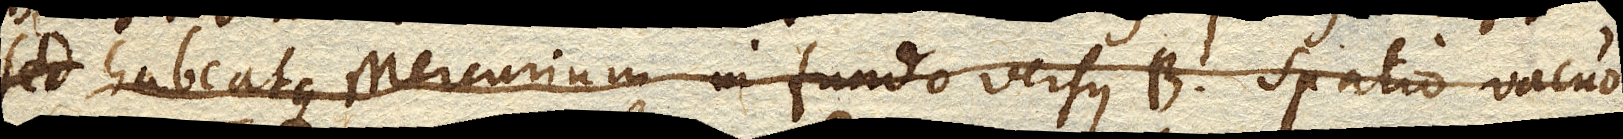
sed habeatque Mercurium in fundo versus B. spatio vacuo